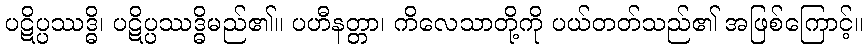
ပဋိပ္ပဿဒ္ဓိ၊ ပဋိပ္ပဿဒ္ဓိမည်၏။ ပဟီနတ္တာ၊ ကိလေသာတို့ကို ပယ်တတ်သည်၏ အဖြစ်ကြောင့်။